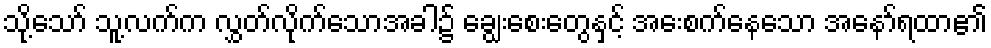
သို့သော် သူ့လက်က လွှတ်လိုက်သောအခါ၌ ချွေးစေးတွေနှင့် အေးစက်နေသော အနော်ရထာ၏